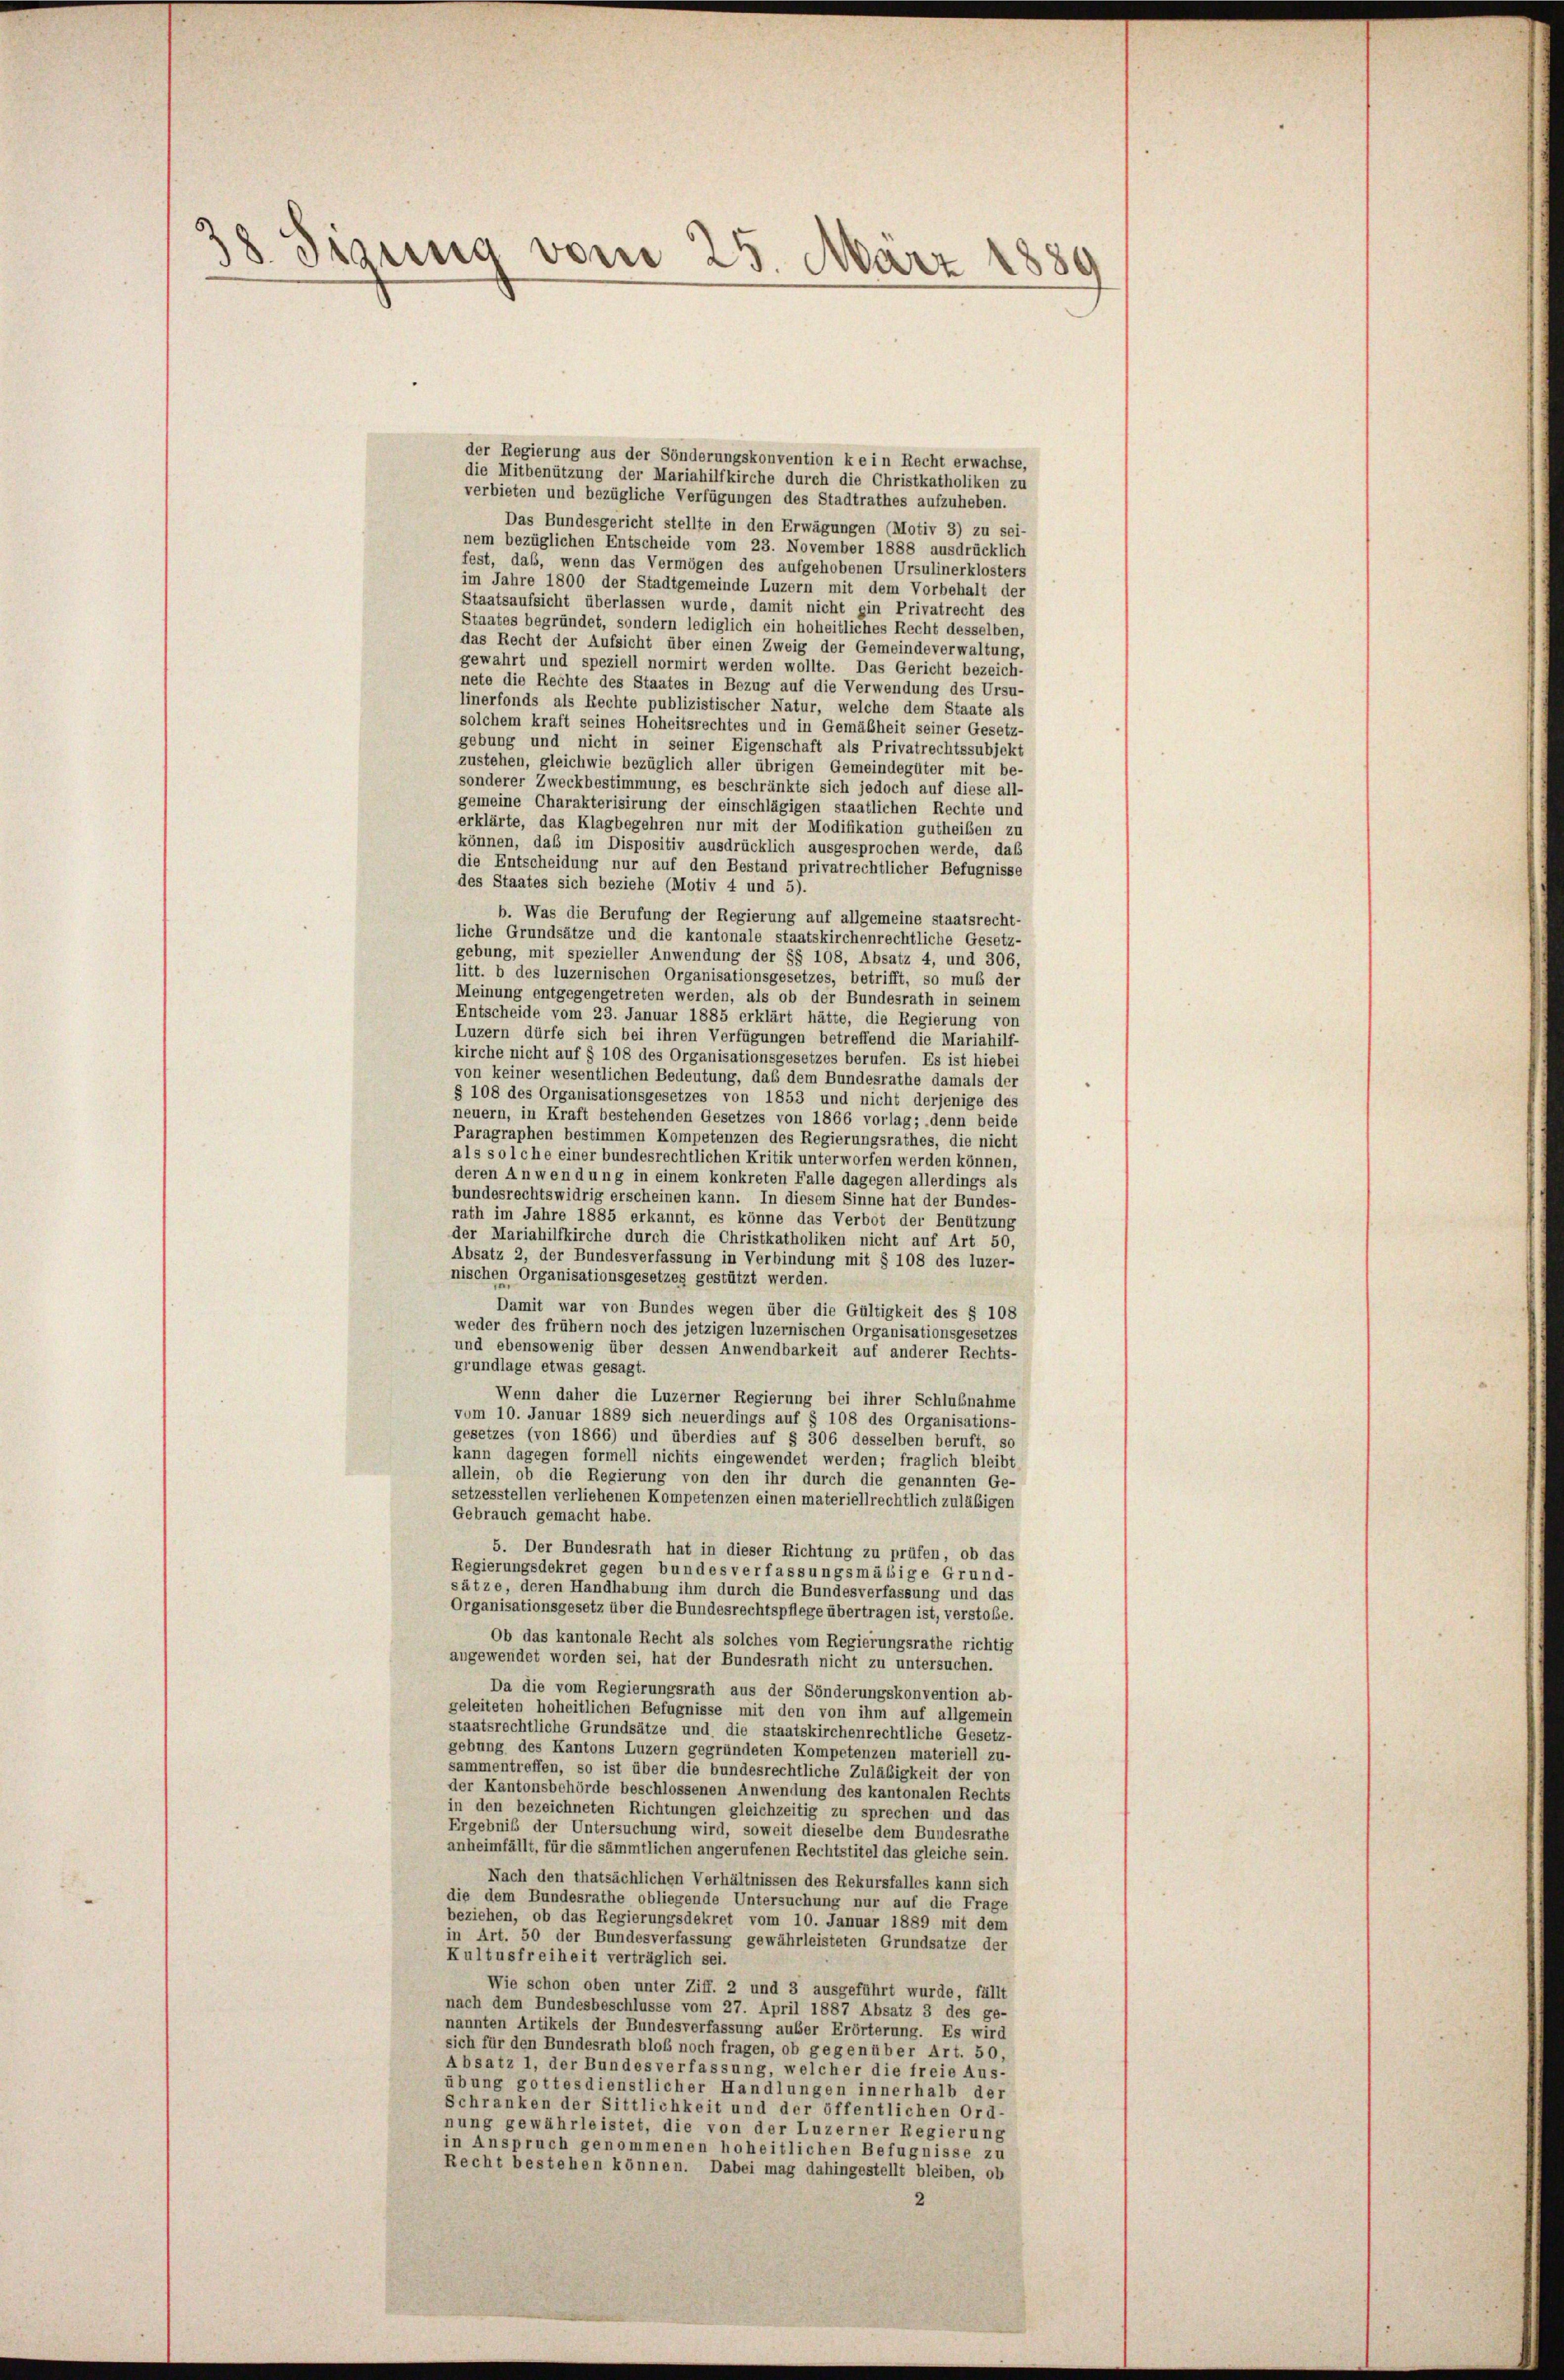
38. Sigung vom 25. März 1880

der Regierung aus der Sönderungskonvention kein Recht erwachse,
die Mitbenützung der Mariahilfkirche durch die Christkatholiken zu
verbieten und bezügliche Verfügungen des Stadtrathes aufzuheben.
Das Bundesgericht stellte in den Erwägungen (Motiv 3) zu sei-
nem bezüglichen Entscheide vom 23. November 1888 ausdrücklich
fest, daß, wenn das Vermögen des aufgehobenen Ursulinerklosters
im Jahre 1800 der Stadtgemeinde Luzern mit dem Vorbehalt der
Staatsaufsicht überlassen wurde, damit nicht ein Privatrecht des
Staates begründet, sondern lediglich ein hoheitliches Recht desselben,
das Recht der Aufsicht über einen Zweig der Gemeindeverwaltung,
gewahrt und speziell normirt werden wollte. Das Gericht bezeich-
nete die Rechte des Staates in Bezug auf die Verwendung des Ursu-
linerfonds als Rechte publizistischer Natur, welche dem Staate als
solchem kraft seines Hoheitsrechtes und in Gemäßheit seiner Gesetz-
gebung und nicht in seiner Eigenschaft als Privatrechtssubjekt
zustehen, gleichwie bezüglich aller übrigen Gemeindegüter mit be-
sonderer Zweckbestimmung, es beschränkte sich jedoch auf diese all-
gemeine Charakterisirung der einschlägigen staatlichen Rechte und
erklärte, das Klagbegehren nur mit der Modifikation gutheiben zu
können, daß im Dispositiv ausdrücklich ausgesprochen werde, das
die Entscheidung nur auf den Bestand privatrechtlicher Befugnisse
des Staates sich beziehe (Motiv 4 und 5).
b. Was die Berufung der Regierung auf allgemeine staatsrecht-
liche Grundsätze und die kantonale staatskirchenrechtliche Gesetz-
gebung, mit spezieller Anwendung der §§ 108, Absatz 4, und 306,
litt. b des luzernischen Organisationsgesetzes, betrifft, so muß der
Meinung entgegengetreten werden, als ob der Bundesrath in seinem
Entscheide vom 23. Januar 1885 erklärt hätte, die Regierung von
Luzern dürfe sich bei ihren Verfügungen betreffend die Mariahilf-
kirche nicht auf § 108 des Organisationsgesetzes berufen. Es ist hiebei
von keiner wesentlichen Bedeutung, daß dem Bundesrathe damals der
§ 108 des Organisationsgesetzes von 1853 und nicht derjenige des
neuern, in Kraft bestehenden Gesetzes von 1866 vorlag; denn beide
Paragraphen bestimmen Kompetenzen des Regierungsrathes, die nicht
als solche einer bundesrechtlichen Kritik unterworfen werden können,
deren Anwendung in einem konkreten Falle dagegen allerdings als
bundesrechtswidrig erscheinen kann. In diesem Sinne hat der Bundes-
rath im Jahre 1885 erkannt, es könne das Verbot der Benützung
der Mariahilfkirche durch die Christkatholiken nicht auf Art 50,
Absatz 2, der Bundesverfassung in Verbindung mit § 108 des luzer-
nischen Organisationsgesetzes gestützt werden.
Damit war von Bundes wegen über die Gültigkeit des § 108
weder des frühem noch des jetzigen luzernischen Organisationsgesetzes
und ebensowenig über dessen Anwendbarkeit auf anderer Rechts-
grundlage etwas gesagt.
Wenn daher die Luzerner Regierung bei ihrer Schlußnahme
vom 10. Januar 1889 sich neuerdings auf § 108 des Organisations-
gesetzes (von 1866) und überdies auf § 306 desselben beruft, so
kann dagegen formell nichts eingewendet werden; fraglich bleibt
allein, ob die Regierung von den ihr durch die genannten Ge-
setzesstellen verliehenen Kompetenzen einen materiellrechtlich zuläßigen
Gebrauch gemacht habe.
5. Der Bundesrath hat in dieser Richtung zu prüfen, ob das
Regierungsdekret gegen bundes verfassungsmässige Grund-
sätze, deren Handhabung ihm durch die Bundesverfassung und das
Organisationsgesetz über die Bundesrechtspflege übertragen ist, verstoße.
Ob das kantonale Recht als solches vom Regierungsrathe richtig
angewendet worden sei, hat der Bundesrath nicht zu untersuchen.
Da die vom Regierungsrath aus der Sönderungskonvention ab-
geleiteten hoheitlichen Befugnisse mit den von ihm auf allgemein
staatsrechtliche Grundsätze und die staatskirchenrechtliche Gesetz-
gebung des Kantons Luzern gegründeten Kompetenzen materiell zu-
sammentreffen, so ist über die bundesrechtliche Zuläbigkeit der von
der Kantonsbehörde beschlossenen Anwendung des kantonalen Rechts
in den bezeichneten Richtungen gleichzeitig zu sprechen und das
Ergebniß der Untersuchung wird, soweit dieselbe dem Bundesrathe
anheimfällt, für die sämmtlichen angerufenen Rechtstitel das gleiche sein.
Nach den thatsächlichen Verhältnissen des Rekursfalles kann sich
die dem Bundesrathe obliegende Untersuchung nur auf die Frage
beziehen, ob das Regierungsdekret vom 10. Januar 1889 mit dem
in Art. 50 der Bundesverfassung gewährleisteten Grundsätze der
Kultusfreiheit verträglich sei.
Wie schon oben unter Ziff. 2 und 3 ausgeführt wurde, fällt
nach dem Bundesbeschlüsse vom 27. April 1887 Absatz 3 des ge-
nannten Artikels der Bundesverfassung auber Erörterung. Es wird
sich für den Bundesrath bloß noch fragen, ob gegenüber Art. 50,
Absatz 1, der Bundesverfassung, welcher die freie Aus-
übung gottesdienstlicher Handlungen innerhalb der
Schranken der Sittlichkeit und der öffentlichen Ord-
nung gewährleistet, die von der Luzerner Regierung
in Anspruch genommenen hoheitlichen Befugnisse zu
Recht bestehen können. Dabei mag dahingestellt bleiben, ob
2